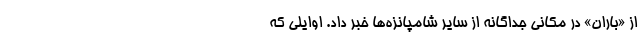
از «باران» در مکانی جداگانه از سایر ‌شامپانزه‌ها خبر داد. اوایلی که